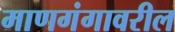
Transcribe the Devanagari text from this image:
माणगंगावरील